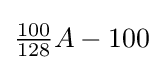
{\tfrac {100}{128}}A-100